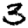
Digit: 3